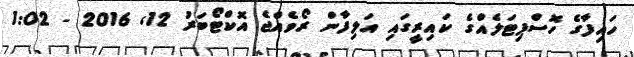
ހައިފާގެ ހޮސްޕިޓަލެއްގެ ކައިރީގައި އަލިފާން ރޯވެއްޖެ އޮކްޓޯބަރު 12